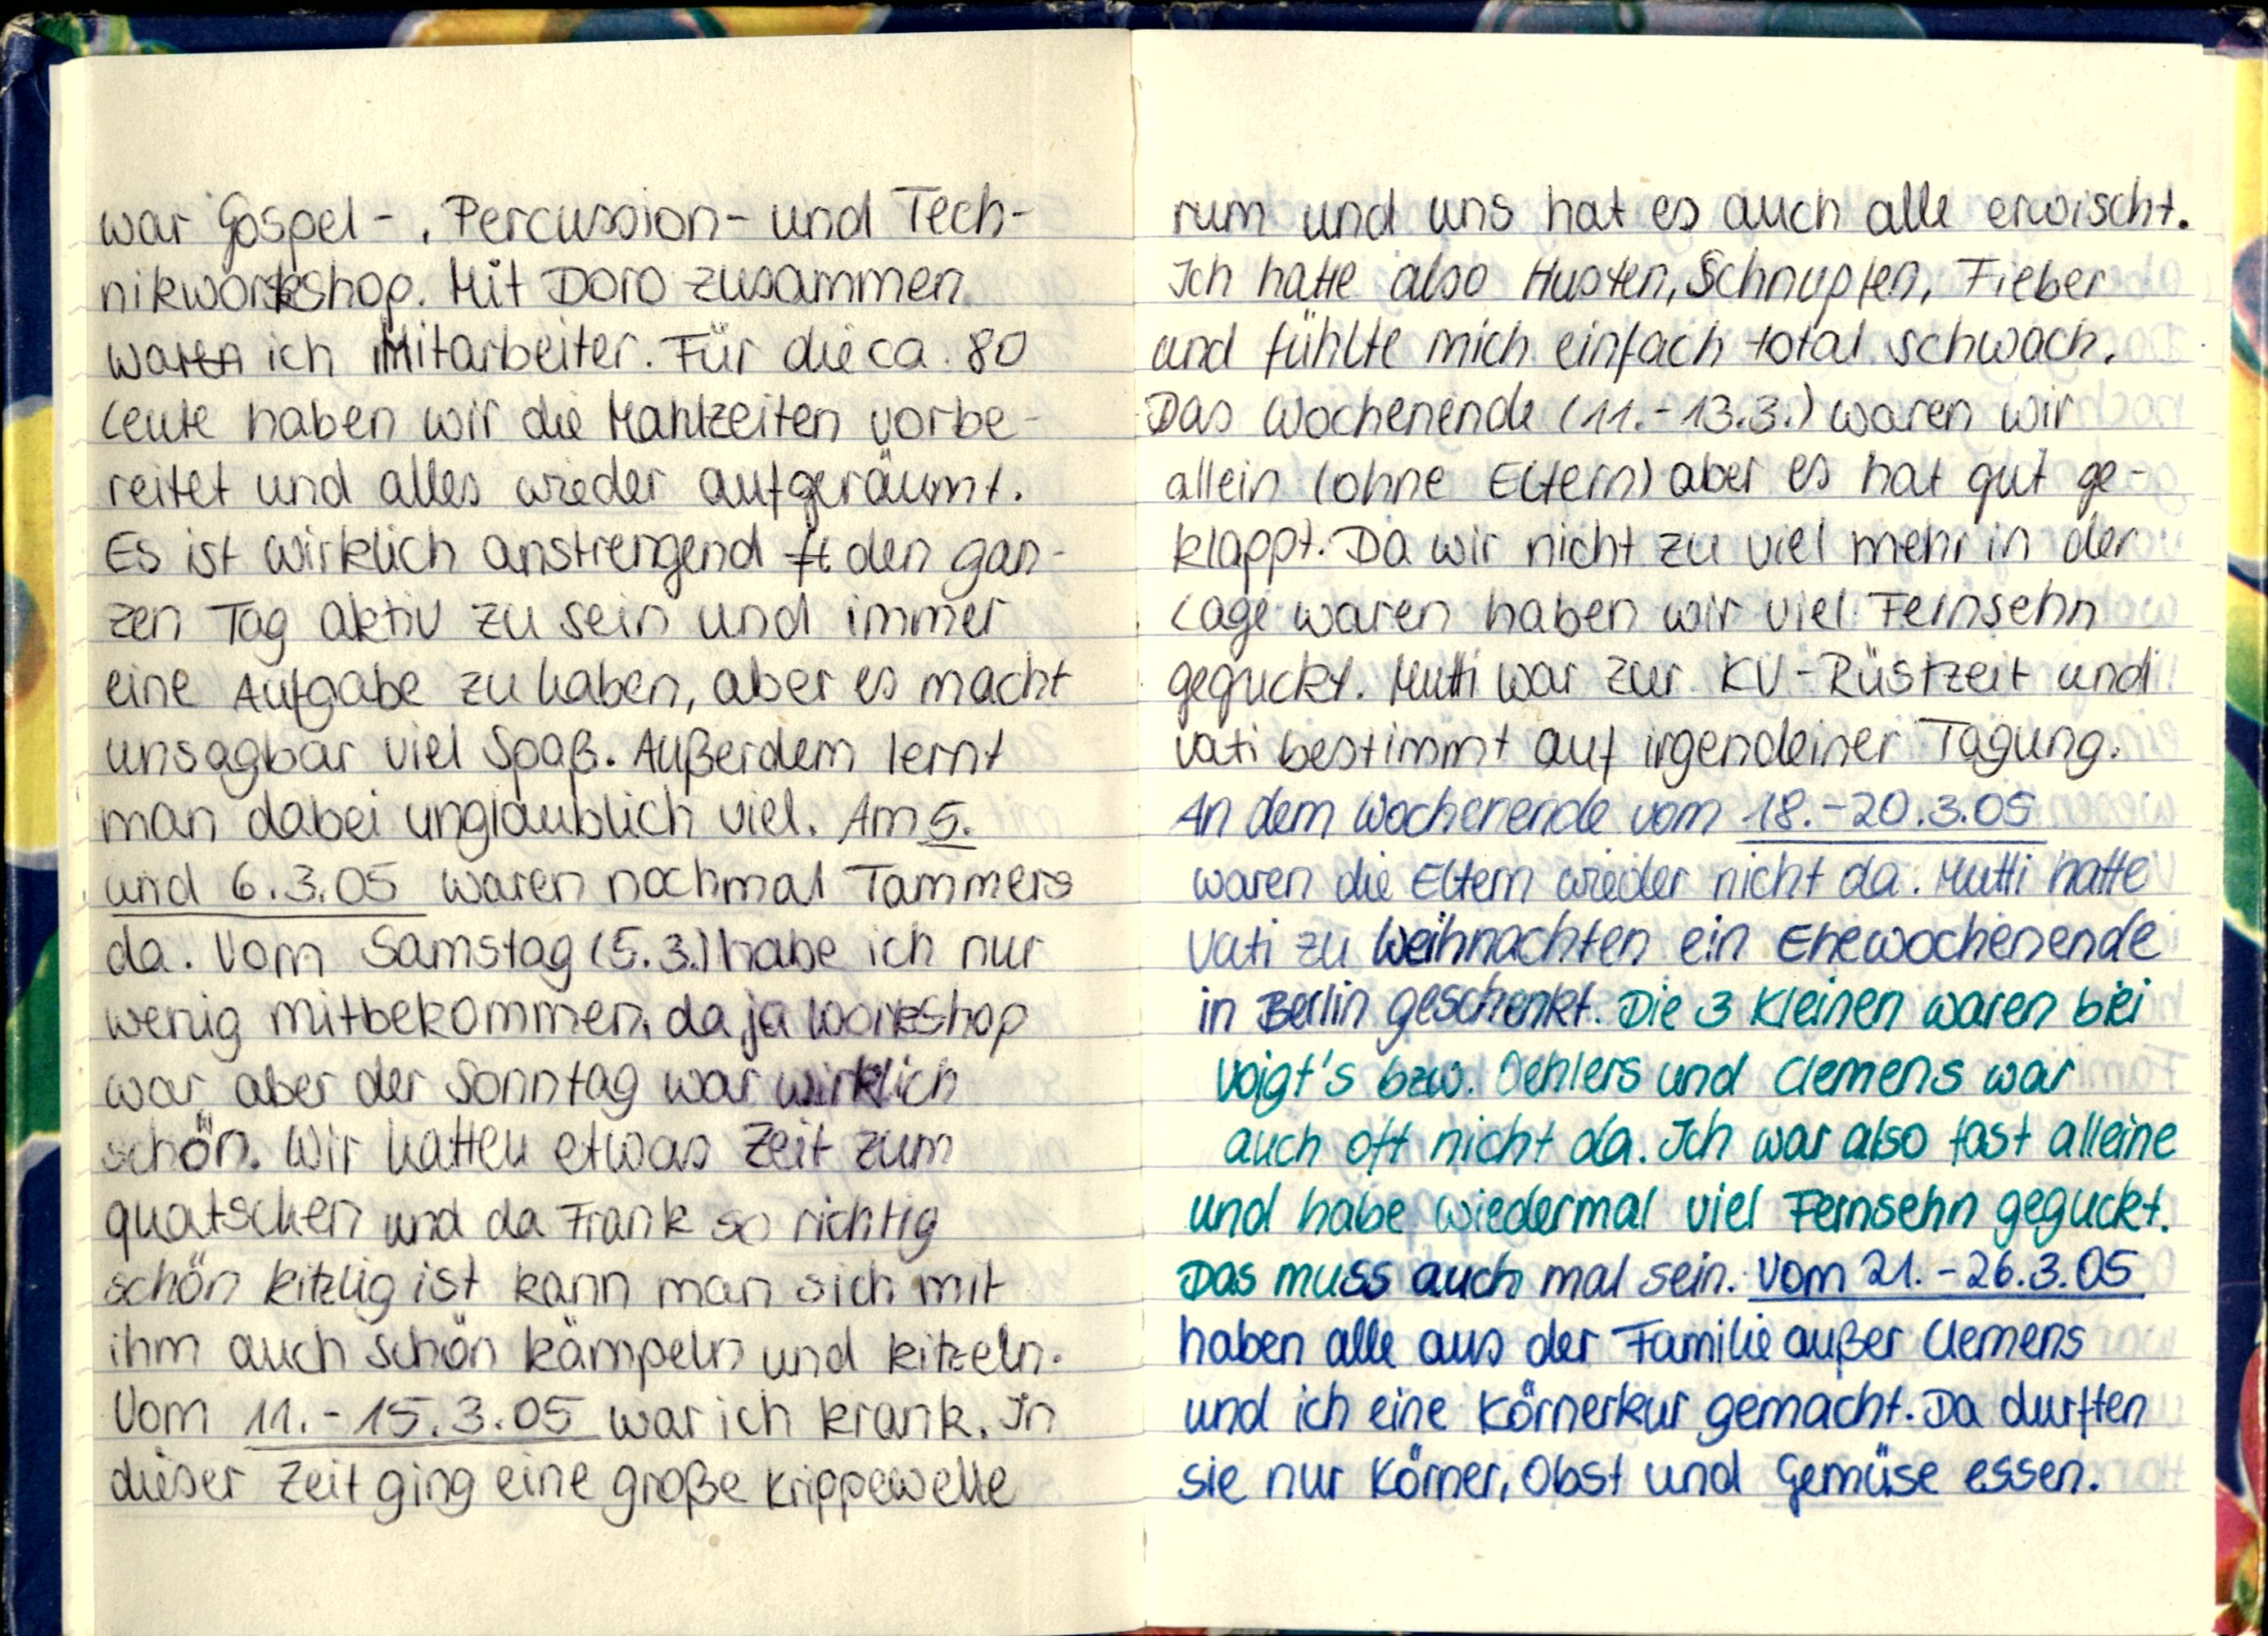
war Gospel-, Percussion- und Tech-
nikworkshop. Mit Doro zusammen
waren ich Mitarbeiter. Für die ca. 80
Leute haben wir die Mahlzeiten vorbe-
reitet und alles wieder aufgeräumt.
Es ist wirklich anstrengend den gan-
zen Tag aktiv zu sein und immer
eine Aufgabe zu haben, aber es macht
unsagbar viel Spaß. Außerdem lernt
man dabei unglaublich viel. Am 5.
und 6.3.05 waren nochmal Tammers
da. Vom Samstgag (5.3.) habe ich nur
wenig mitbekommen, da ja workshop
war aber der Sonntag war wirklich
schön. Wir hatten etwas Zeit zum
quatschen und da Frank so richtig
schön kitzlig ist kann man sich mit
ihm auch schön kämpeln und kitzeln.
Vom 11.-15.3.05 war ich krank. In
dieser Zeit ging eine große Krippewelle

rum und uns hat es auch alle erwischt.
Ich hatte also Husten, Schnupfen, Fieber
und fühlte mich einfach total schwach.
Das Wochenende (11.-13.3.) waren wir
allein (ohne Eltern) aber es hat gut ge-
klappt. Da wir nicht zu viel mehr in der
Lage waren haben wir viel Fernsehn
geguckt. Mutti war zur KV-Rüstzeit und
Vati bestimmt auf irgendeiner Tagung.
An dem Wochenende vom 18.-20.3.05
waren die Eltern wieder nicht da. Mutti hatte
Vati zu Weihnachten ein Ehewochenende
in Berlin geschenkt. Die 3 Kleinen waren bei
Voigt's bzw. Oehlers und Clemens war
auch oft nicht da. Ich war also fast alleine
und habe wiedermal viel Fernsehn geguckt.
Das muss auch mal sein. Vom 21.-26.3.05
haben alle aus der Familie außer Clemens
und ich eine Körnerkur gemacht. Da durften
sie nur Körner, Obst und Gemüse essen.